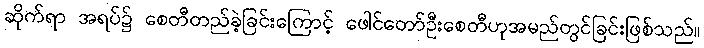
ဆိုက်ရာ အရပ်၌ စေတီတည်ခဲ့ခြင်းကြောင့် ဖေါင်တော်ဦးစေတီဟုအမည်တွင်ခြင်းဖြစ်သည်။